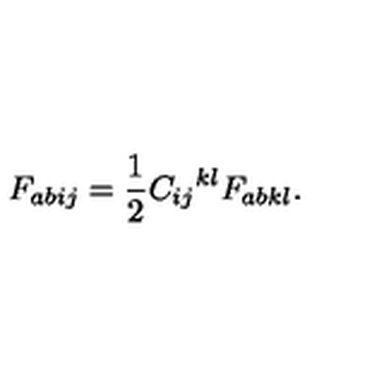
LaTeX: F _ { a b i j } = \frac 1 2 { C _ { i j } } ^ { k l } { F _ { a b k l } } .